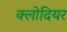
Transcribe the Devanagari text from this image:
क्लोदियर